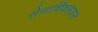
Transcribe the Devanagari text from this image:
सेनाधिकार्‍यास